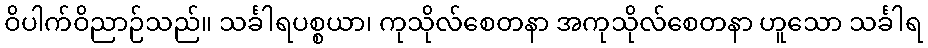
ဝိပါက်ဝိညာဉ်သည်။ သင်္ခါရပစ္စယာ၊ ကုသိုလ်စေတနာ အကုသိုလ်စေတနာ ဟူသော သင်္ခါရ